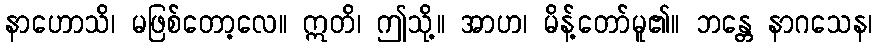
နာဟောသိ၊ မဖြစ်တော့လေ။ ဣတိ၊ ဤသို့။ အာဟ၊ မိန့်တော်မူ၏။ ဘန္တေ နာဂသေန၊